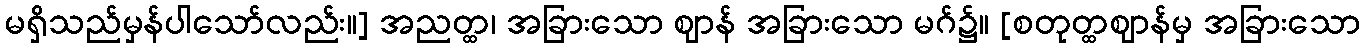
မရှိသည်မှန်ပါသော်လည်း။] အညတ္ထ၊ အခြားသော ဈာန် အခြားသော မဂ်၌။ [စတုတ္ထဈာန်မှ အခြားသော